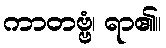
ကာတဗ္ဗံ၊ ရာ၏။